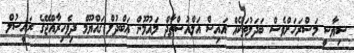
ސިޔާސީ މަސްރަހަށްވެސް ބަދަލުތަކެއް އައިސް އަލްއުސްތާޛް މައުމޫން ޢަބްދުލް ގައްޔޫމް ދިވެހިރާއްޖޭގެ ރައީސުލް